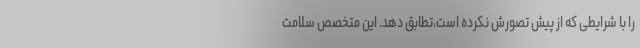
را با شرایطی که از پیش تصورش نکرده است،‌تطابق دهد. این متخصص سلامت